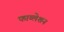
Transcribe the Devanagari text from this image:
फाय्लेशन